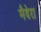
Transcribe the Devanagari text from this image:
मैदेरा